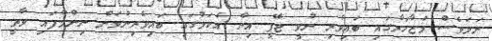
ނަމަވެސް މުޒާހަރާގައި ބައިވެރި ނުވީ ޖޭޕީ އިން އެކަމުގައި ބައިވެރިނުވަން ނިންމާފައި ވާތީ